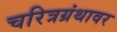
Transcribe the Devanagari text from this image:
चरित्रग्रंथावर